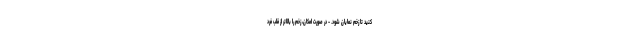
کنید تا زخم نمایان شود. - در صورت امکان، زخم را بالاتر از قلب فرد